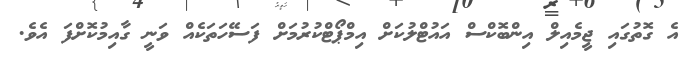
އެ ގޮތުގައި ޖީމެއިލް އިންބޮކްސް އައުޓްލުކަށް އިމްޕޯޓްކުރުމަށް ފަސޭހަތަކެއް ވަނީ ގާއިމުކޮށްފަ އެވެ.